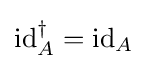
\mathrm {id} _{A}^{\dagger }=\mathrm {id} _{A}